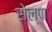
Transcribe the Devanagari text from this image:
सेल्पा